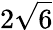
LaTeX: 2\sqrt{6}